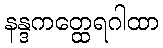
နန္ဒကတ္ထေရဂါထာ